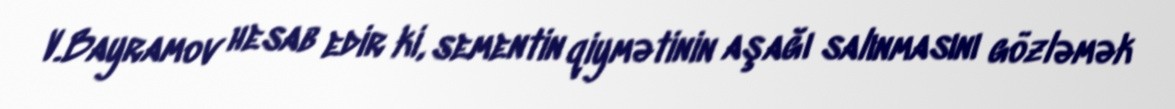
V.Bayramov hesab edir ki, sementin qiymətinin aşağı salınmasını gözləmək